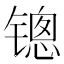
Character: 𰾱